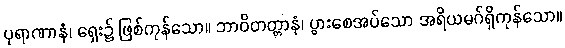
ပုရာဏာနံ၊ ရှေး၌ ဖြစ်ကုန်သော။ ဘာဝိတတ္တာနံ၊ ပွားစေအပ်သော အရိယမဂ်ရှိကုန်သော။